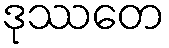
ဒုဿတေ